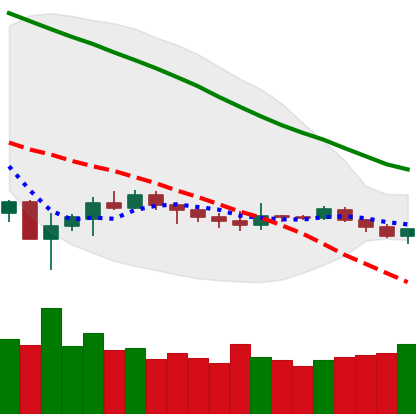
Ticker: ETH-USD
Chart end date: 2019-12-12
Forward return: -15.796%
Label: down_7plus